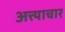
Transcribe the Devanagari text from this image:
अत्त्याचार